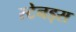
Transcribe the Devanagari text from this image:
स्टेनड्स